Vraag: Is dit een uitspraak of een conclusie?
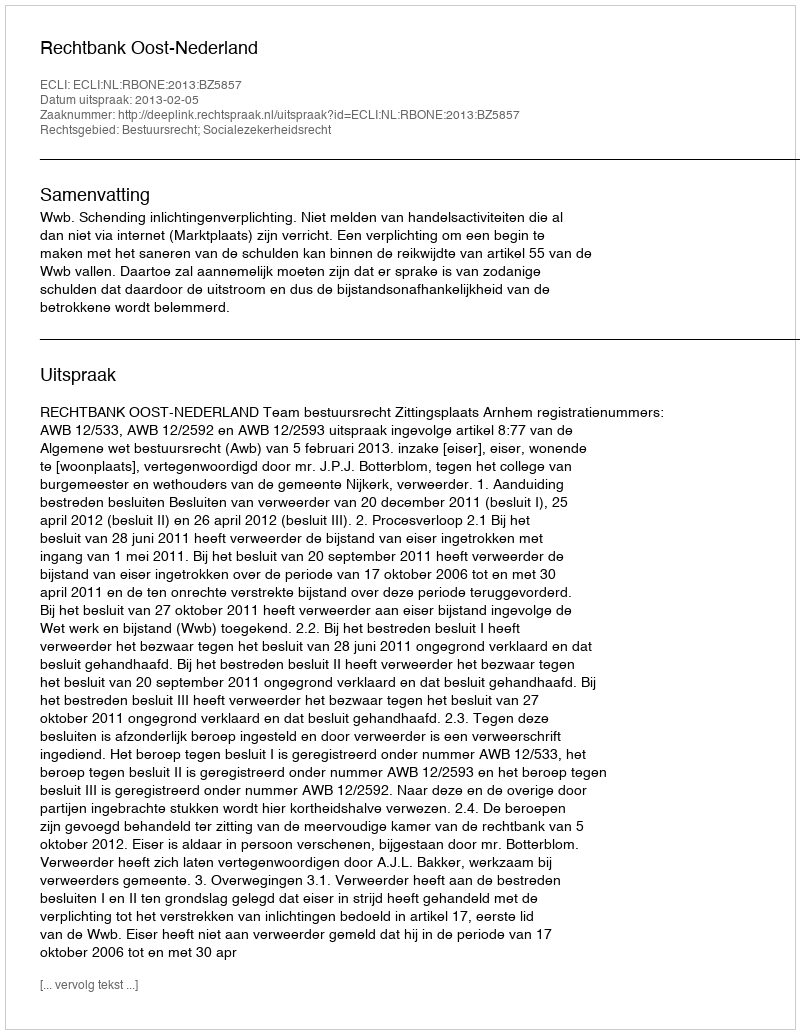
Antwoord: Uitspraak